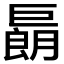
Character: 𢀬